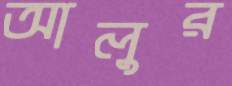
আলুর